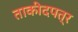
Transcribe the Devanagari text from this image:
ताकीदपत्र